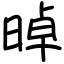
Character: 晫